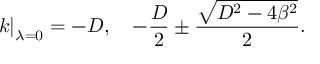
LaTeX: \left. k \right| _ { \lambda = 0 } = - D , \quad - \frac { D } { 2 } \pm \frac { \sqrt { D ^ { 2 } - 4 \beta ^ { 2 } } } { 2 } .